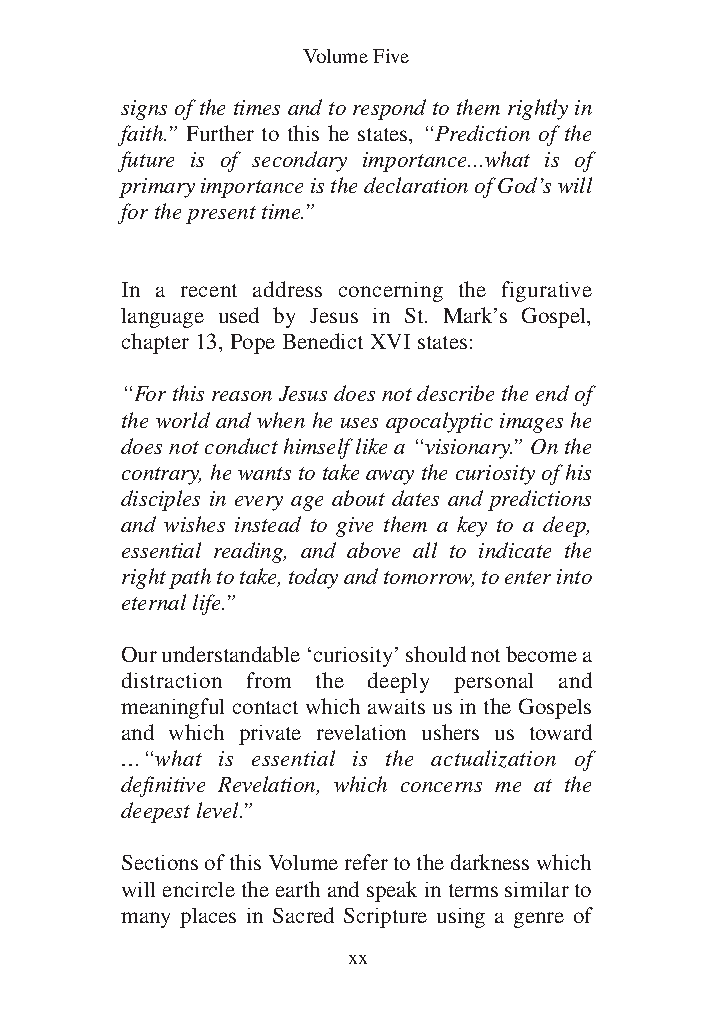
DFOT Vol 5 No App_1 12/3/13 8:54 PM Page xx
 Volume Five
 signs of the times and to respond to them rightly in
 faith.” Further to this he states, “Prediction of the
 future is of secondary importance...what is of
 primary importance is the declaration of God’s will
 for the present time.”
 In a recent address concerning the figurative
 language used by Jesus in St. Mark’s Gospel,
 chapter 13, Pope Benedict XVI states:
 “For this reason Jesus does not describe the end of
 the world and when he uses apocalyptic images he
 does not conduct himself like a “visionary.” On the
 contrary, he wants to take away the curiosity of his
 disciples in every age about dates and predictions
 and wishes instead to give them a key to a deep,
 essential reading, and above all to indicate the
 right path to take, today and tomorrow, to enter into
 eternal life.”
 Our understandable ‘curiosity’ should not become a
 distraction from the deeply personal and
 meaningful contact which awaits us in the Gospels
 and which private revelation ushers us toward
 …“what is essential is the actualization of
 definitive Revelation, which concerns me at the
 deepest level.”
 Sections of this Volume refer to the darkness which
 will encircle the earth and speak in terms similar to
 many places in Sacred Scripture using a genre of
 xx